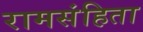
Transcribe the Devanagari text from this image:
रामसंहिता